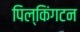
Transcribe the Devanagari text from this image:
पिल्किंगटन